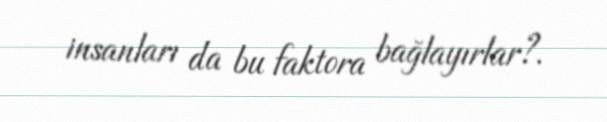
insanları da bu faktora bağlayırlar?.